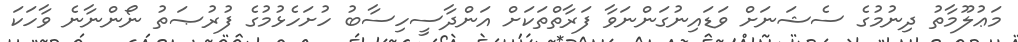
މަޢުލޫމާތު ދިނުމުގެ ސެޝަނަށް ވަޑައިނުގަންނަވާ ފަރާތްތަކަށް އަންދާސީހިސާބު ހުށަހެޅުމުގެ ފުރުޞަތު ނޯންނާނެ ވާހަކަ